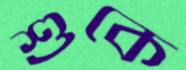
শুকে